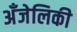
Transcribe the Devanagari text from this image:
अँजेलिकी